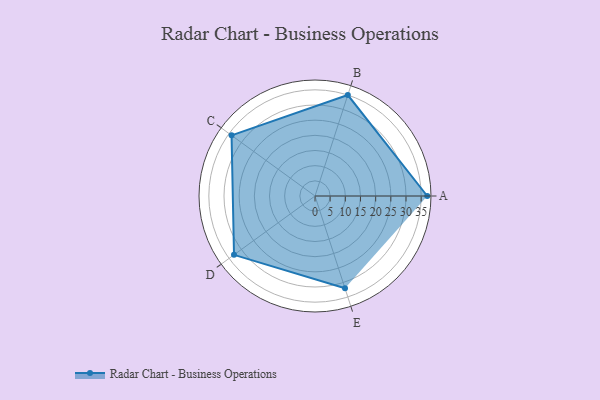
{"axis": {"x": "Skill", "y": "Score"}, "legend": ["Profile"], "data": [{"x": "A", "y": 37.0, "type": "Profile"}, {"x": "B", "y": 35.0, "type": "Profile"}, {"x": "C", "y": 34.0, "type": "Profile"}, {"x": "D", "y": 33.0, "type": "Profile"}, {"x": "E", "y": 32.0, "type": "Profile"}]}